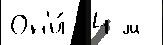
Он'и́  4-м